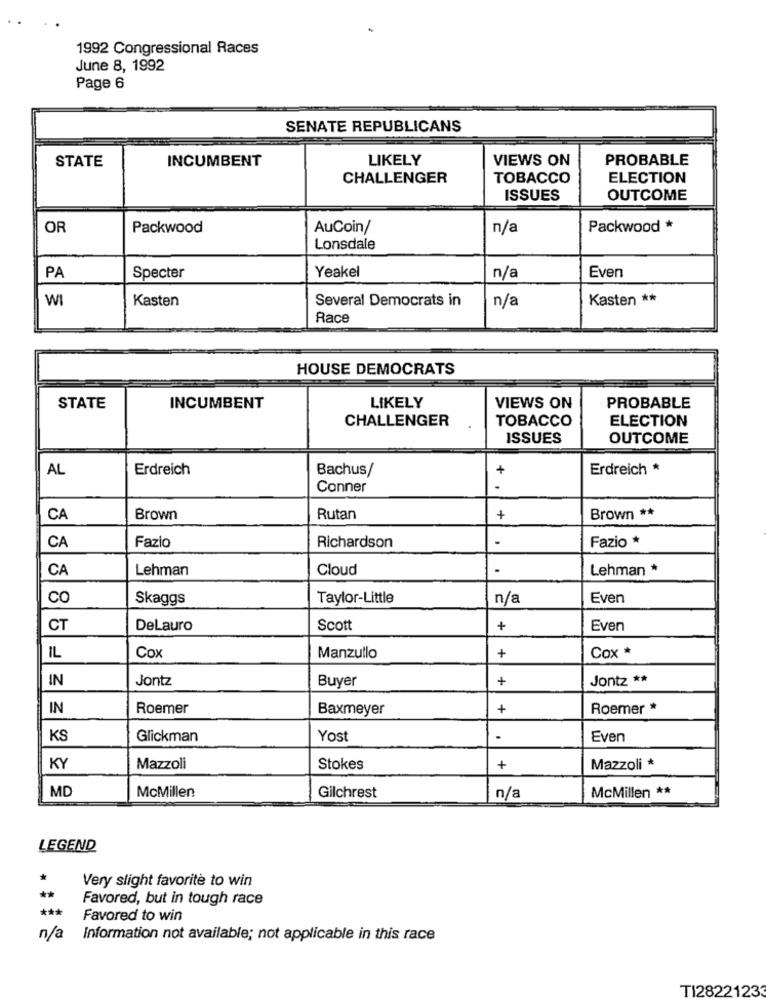
1992 Congressional Races
June 8, 1992
Page 6
SENATE REPUBLICANS
STATE
INCUMBENT
LIKELY
VIEWS ON
PROBABLE
CHALLENGER
TOBACCO
ELECTION
ISSUES
OUTCOME
OR
Packwood
AuCoin/
n/a
Packwood *
Lonsdale
PA
Specter
Yeakel
n/a
Even
WI
Kasten
Several Democrats in
n/a
Kasten **
Race
HOUSE DEMOCRATS
STATE
LIKELY
INCUMBENT
VIEWS ON
PROBABLE
CHALLENGER
TOBACCO
ELECTION
ISSUES
OUTCOME
AL
Erdreich
Bachus/
+
Erdreich *
Conner
CA
Brown
Rutan
+
Brown **
Richardson
Fazio *
CA
Fazio
CA
Lehman
Cloud
Lehman *
CO
Skaggs
Taylor-Little
n/a
Even
CT
DeLauro
Scott
+
Even
+
Cox *
IL
Cox
Manzullo
IN
Jontz
Buyer
+
Jontz **
IN
Roemer
Baxmeyer
+
Roemer *
KS
Glickman
Yost
.
Even
KY
Mazzoli
Stokes
+
Mazzoli *
MD
McMillen **
McMillen
Gilchrest
n/a
LEGEND
*
Very slight favorite to win
**
Favored, but in tough race
***
Favored to win
n/a
Information not available; not applicable in this race
TI28221233